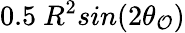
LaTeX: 0.5\ R^{2}sin(2\theta_{\mathcal{O}})